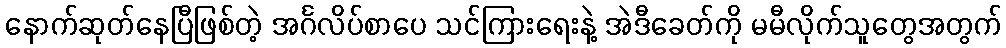
နောက်ဆုတ်နေပြီဖြစ်တဲ့ အင်္ဂလိပ်စာပေ သင်ကြားရေးနဲ့ အဲဒီခေတ်ကို မမီလိုက်သူတွေအတွက်